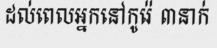
ដល់ពេលអ្នកនៅកូរ៉េ ៣នាក់